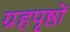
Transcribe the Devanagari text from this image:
ग्रहपृष्ठों